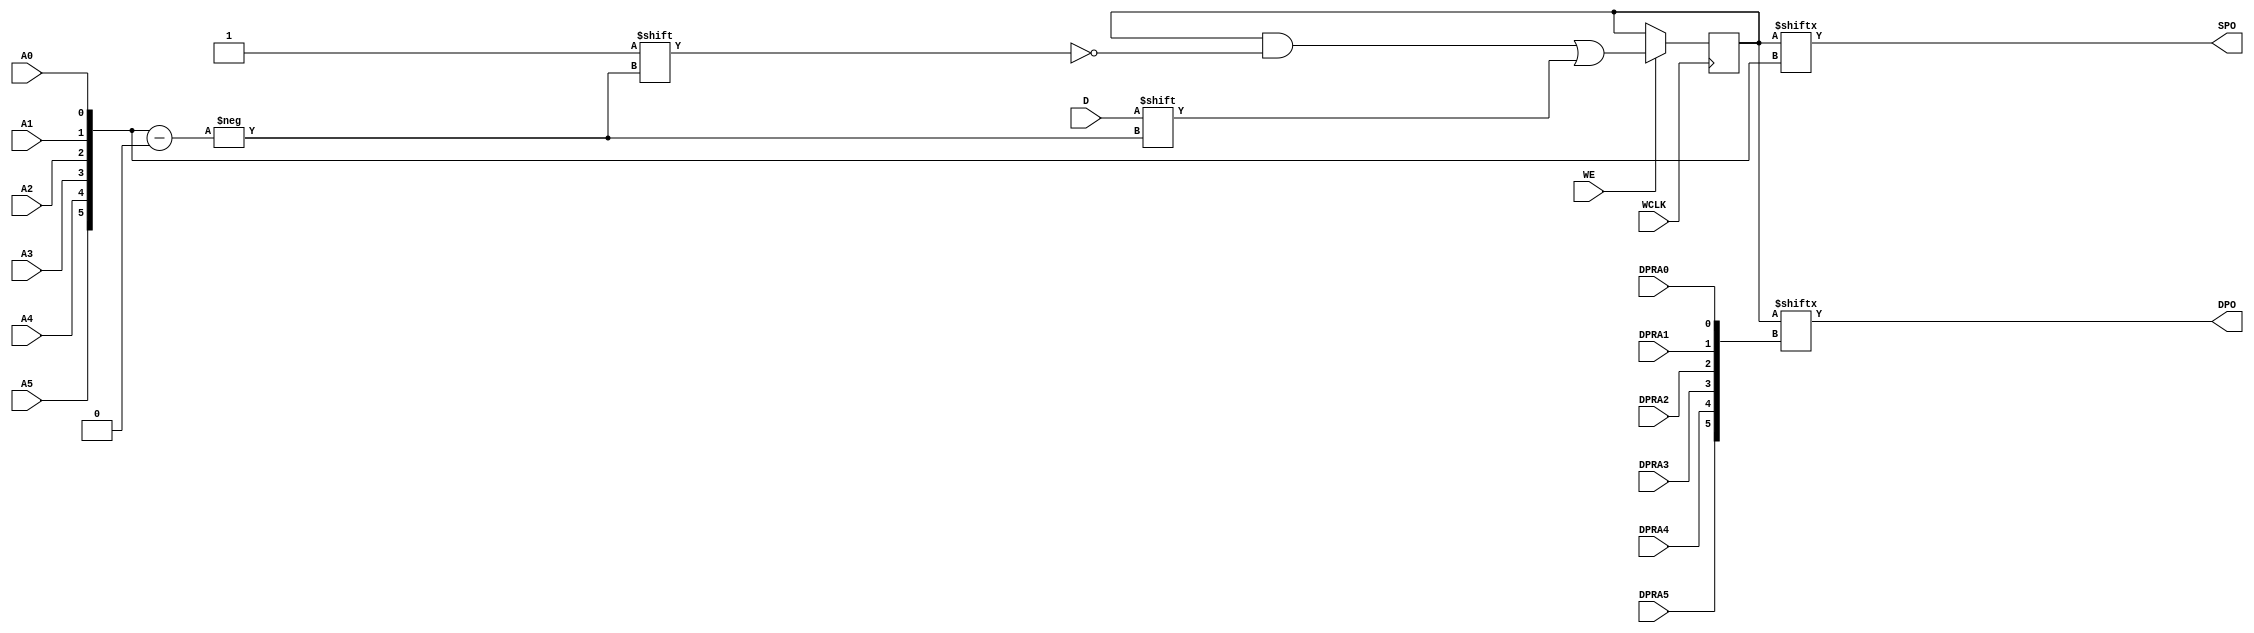
// $Header: /devl/xcs/repo/env/Databases/CAEInterfaces/verunilibs/data/unisims/RAM64X1D.v,v 1.8 2005/03/14 22:32:58 yanx Exp $
///////////////////////////////////////////////////////////////////////////////
// Copyright (c) 1995/2004 Xilinx, Inc.
// All Right Reserved.
///////////////////////////////////////////////////////////////////////////////
//   ____  ____
//  /   /\/   /
// /___/  \  /    Vendor : Xilinx
// \   \   \/     Version : 10.1
//  \   \         Description : Xilinx Functional Simulation Library Component
//  /   /                  Static Dual Port Synchronous RAM 64-Deep by 1-Wide
// /___/   /\     Filename : RAM64X1D.v
// \   \  /  \    Timestamp : Thu Mar 25 16:43:34 PST 2004
//  \___\/\___\
//
// Revision:
//    03/23/04 - Initial version.
//    02/04/05 - Rev 0.0.1 Remove input/output bufs; Remove for-loop in initial block;
// End Revision

`timescale  1 ps / 1 ps


module RAM64X1D (DPO, SPO, A0, A1, A2, A3, A4, A5, D, DPRA0, DPRA1, DPRA2, DPRA3, DPRA4, DPRA5, WCLK, WE);

    parameter INIT = 64'h0000000000000000;

    output DPO, SPO;

    input  A0, A1, A2, A3, A4, A5, D, DPRA0, DPRA1, DPRA2, DPRA3, DPRA4, DPRA5, WCLK, WE;

    reg [63:0] mem;
    wire [5:0] adr;

    assign adr = {A5, A4, A3, A2, A1, A0};
    assign SPO = mem[adr];
    assign DPO = mem[{DPRA5, DPRA4, DPRA3, DPRA2, DPRA1, DPRA0}];

    initial 
        mem = INIT;

    always @(posedge WCLK) 
	if (WE == 1'b1)
	    mem[adr] <= #100 D;

endmodule